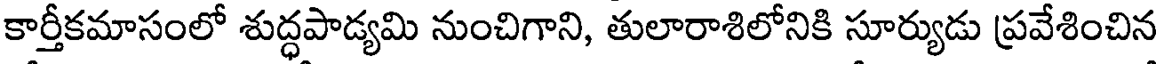
కార్తీకమాసంలో శుద్ధపాడ్యమి నుంచిగాని, తులారాశిలోనికి సూర్యుడు ప్రవేశించిన